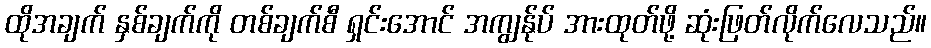
ထိုအချက် နှစ်ချက်ကို တစ်ချက်စီ ရှင်းအောင် အကျွန်ုပ် အားထုတ်ဖို့ ဆုံးဖြတ်လိုက်လေသည်။